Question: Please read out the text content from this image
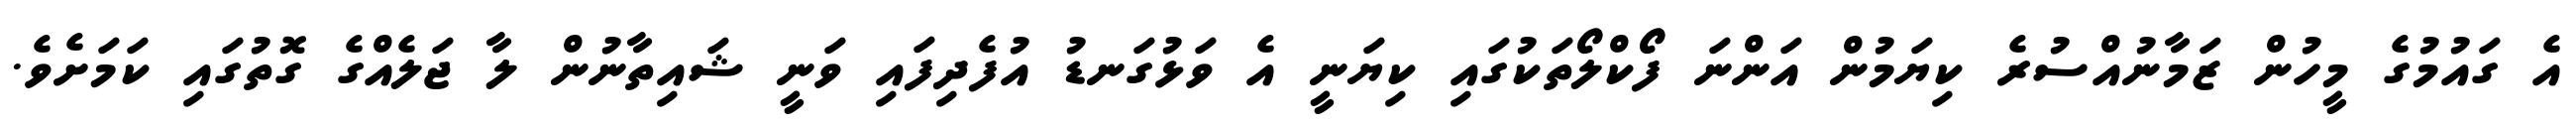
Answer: އެ ގައުމުގެ މީހުން ޒަމާނުއްސުރެ ކިޔަމުން އަންނަ ފޯކްލޯތަކުގައި ކިޔަނީ އެ ވަޅުގަނޑު އުފެދިފައި ވަނީ ޝައިތާނުން ލާ ޖަލެއްގެ ގޮތުގައި ކަމަށެވެ.